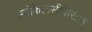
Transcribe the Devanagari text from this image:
अर्गोकेलसीफेरोल